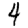
Digit: 4